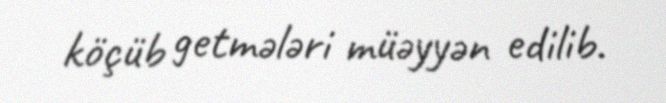
köçüb getmələri müəyyən edilib.